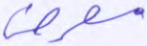
معرض